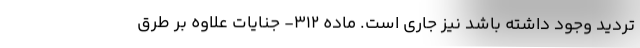
تردید وجود داشته باشد نیز جاری است. ماده ۳۱۲- جنایات علاوه بر طرق